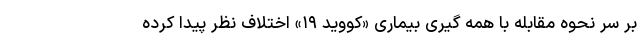
بر سر نحوه مقابله با همه گیری بیماری «کووید ۱۹» اختلاف نظر پیدا کرده